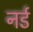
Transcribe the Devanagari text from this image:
नर्ड